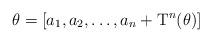
LaTeX: \begin{align*}\theta=[a_1,a_2,\ldots,a_n+\mathrm{T}^n(\theta)]\end{align*}